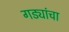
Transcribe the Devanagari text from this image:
गड्यांचा